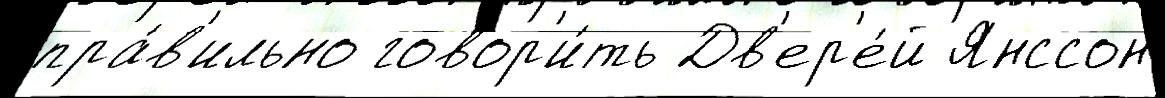
пра́в'ильно говор'и́ть Дв'ер'е́й Янссон